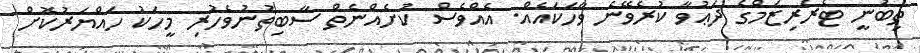
ތިބުނީ ޓެރަރިޒަމްގެ ދަޢުވާ ކުރެވޭނެ ވާހަކައެއް. އެއްވެސް ކުށެއްނެތް ސާބިތުނުވެހުރި މީހަކު ހައްޔަރުކޮށް